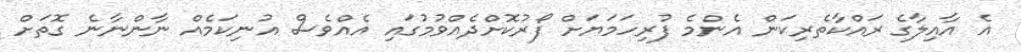
އެ އާއިލާގެ ރައްކާތެރިކަން އެންމެ ފުރިހަމަޔަށް ފޯރުކޮށްދެއްވުމުގައި އެއްވެސް އުނިކަމެއް ނާންނާނެ ގޮތަށް